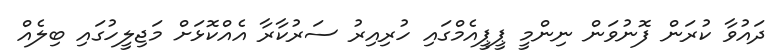
ދައުވާ ކުރަން ފޮނުވަން ނިންމީ ޕީޕީއެމްގައި ހުރިއިރު ސަރުކާރާ އެއްކޮޅަށް މަޖިލީހުގައި ބިލެއް